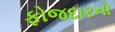
ફોજદારનો